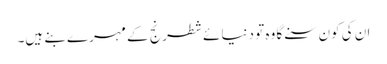
ان کی کون سنے گا وہ تو دنیائے شطرنج کے مہرے بنے ہیں۔